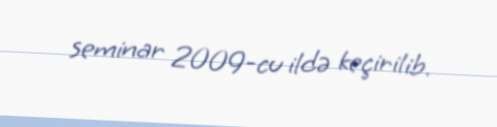
seminar 2009-cu ildə keçirilib.